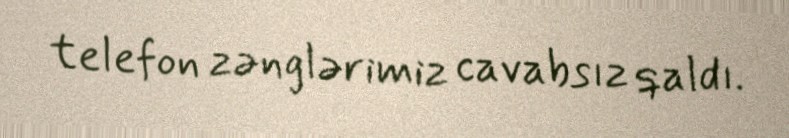
telefon zənglərimiz cavabsız qaldı.